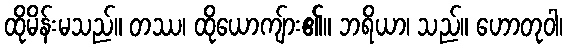
ထိုမိန်းမသည်။ တဿ၊ ထိုယောကျ်ား၏။ ဘရိယာ၊ သည်။ ဟောတုဝါ၊